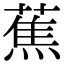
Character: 蕉